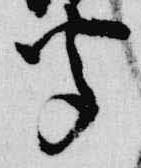
聞